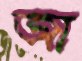
জা